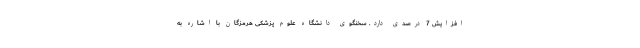
افزایش 7 درصدی دارد. سخنگوی دانشگاه علوم پزشکی هرمزگان با اشاره به